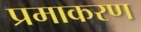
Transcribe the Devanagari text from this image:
प्रमाकरण